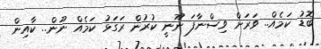
ބޮޑު ކަމެއް.. ވަރަށް ވިސްނާފަ ނޫނީ ކުރުން ރަގަޅު ކަމެއް ނޫން.. ކާއިން